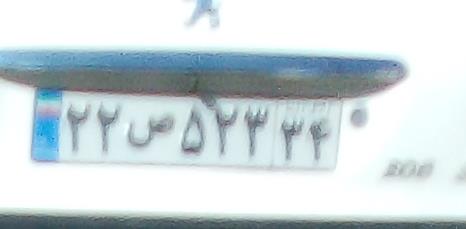
۲۲ص۵۲۲۳۴